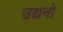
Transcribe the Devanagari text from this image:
उद्यनो